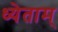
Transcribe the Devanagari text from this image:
ध्येताम्